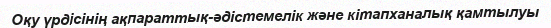
Оқу үрдісінің ақпараттық-әдістемелік және кітапханалық қамтылуы